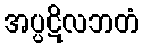
အပ္ပဋိလဘတံ